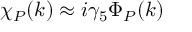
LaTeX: \chi _ { P } ( k ) \approx i \gamma _ { 5 } \Phi _ { P } ( k )